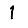
Digit: 1